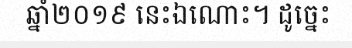
ឆ្នាំ២០១៩ នេះឯណោះ។ ដូច្នេះ